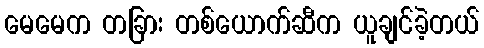
မေမေက တခြား တစ်ယောက်ဆီက ယူချင်ခဲ့တယ်